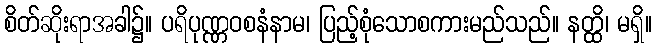
စိတ်ဆိုးရာအခါ၌။ ပရိပုဏ္ဏဝစနံနာမ၊ ပြည့်စုံသောစကားမည်သည်။ နတ္ထိ၊ မရှိ။